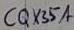
Text: CGX35A